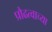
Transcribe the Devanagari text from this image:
प्रौढत्वाच्या